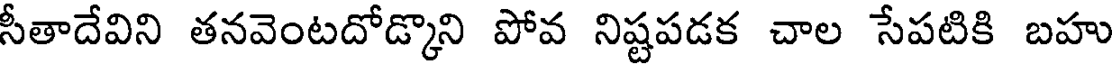
సీతాదేవిని తనవెంటదోడ్కొని పోవ నిష్టపడక చాల సేపటికి బహు